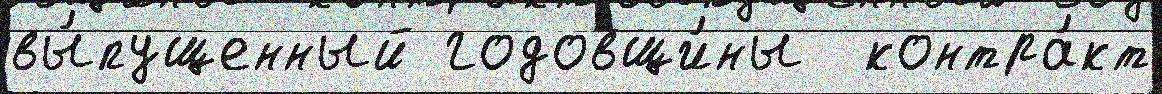
вы́пущенный годовщи́ны  контра́кт